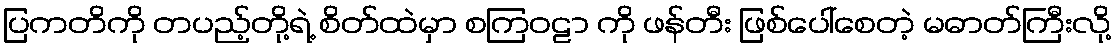
ပြကတိကို တပည့်တို့ရဲ့ စိတ်ထဲမှာ စကြဝဠာ ကို ဖန်တီး ဖြစ်ပေါ်စေတဲ့ မဓာတ်ကြီးလို့